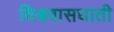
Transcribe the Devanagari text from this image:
विश्ववासघाती